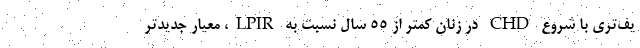
یف‌تری با شروع CHD در زنان کمتر از ۵۵ سال نسبت به LPIR، معیار جدیدتر